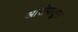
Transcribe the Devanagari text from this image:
आरोपातून